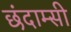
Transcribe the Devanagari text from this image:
छंदाम्सी